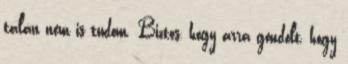
talán nem is tudom. Biztos, hogy arra gondolt, hogy